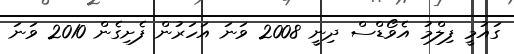
ގައުމީ ފިލްމު އެވޯޑްސް ދިނީ 2008 ވަނަ އަހަރުން ފެށިގެން 2010 ވަނަ